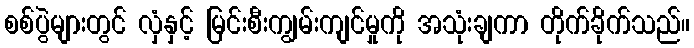
စစ်ပွဲများတွင် လှံနှင့် မြင်းစီးကျွမ်းကျင်မှုကို အသုံးချကာ တိုက်ခိုက်သည်။